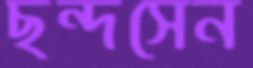
ছন্দসেন